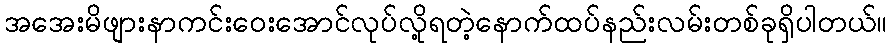
အအေးမိဖျားနာကင်းဝေးအောင်လုပ်လို့ရတဲ့နောက်ထပ်နည်းလမ်းတစ်ခုရှိပါတယ်။